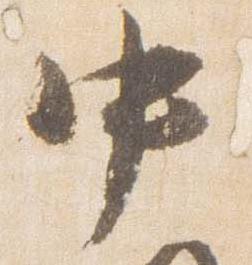
中